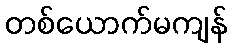
တစ်ယောက်မကျန်